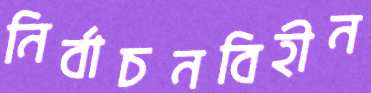
নির্বাচনবিহীন